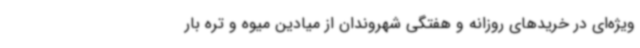
ویژه‌ای در خریدهای روزانه و هفتگی شهروندان از میادین میوه و تره بار